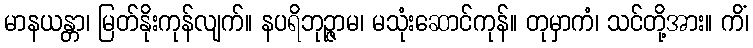
မာနယန္တာ၊ မြတ်နိုးကုန်လျက်။ နပရိဘုဉ္ဇာမ၊ မသုံးဆောင်ကုန်။ တုမှာကံ၊ သင်တို့အား။ ကိံ၊